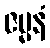
ဇမ္မနံ